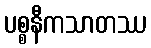
ပစ္စနီကသာတဿ